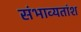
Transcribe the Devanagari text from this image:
संभाव्यतांश